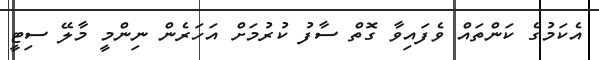
އެކަމުގެ ކަންތައް ވެފައިވާ ގޮތް ސާފު ކުރުމަށް އަހަރެން ނިންމީ މާލޭ ސިޓީ